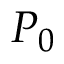
P _ { 0 }